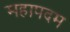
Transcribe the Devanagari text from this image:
महापदम